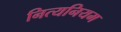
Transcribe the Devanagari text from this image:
नित्यनियम